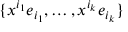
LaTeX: \{ x ^ { i _ { 1 } } e _ { i _ { 1 } } , \ldots , x ^ { i _ { k } } e _ { i _ { k } } \}